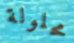
محلولة